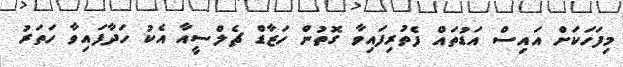
މިފަހަކަށް އައިސް އަޑުތައް ފެތުރިފައިވާ ގޮތުން ހަޒާޑް ޗެލްސީއާ އެކު ހަދާފައިވާ ހަތަރު